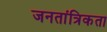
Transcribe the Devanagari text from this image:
जनतांत्रिकता